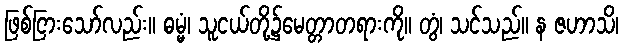
ဖြစ်ငြားသော်လည်း။ ဓမ္မံ၊ သူငယ်တို့၌မေတ္တာတရားကို။ တွံ၊ သင်သည်။ န ဇဟာသိ၊